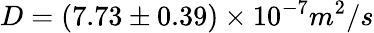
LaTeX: D=(7.73\pm 0.39)\times 10^{-7}m^{2}/s